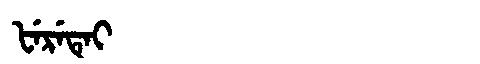
Manchu: ᡶᡝᡵᡝᡨᡝᡳ
Romanization: FERETEI